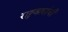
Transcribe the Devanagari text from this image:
राष्ट्रवाद्यांची